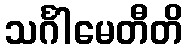
သင်္ဂါမေတီတိ